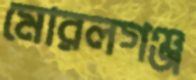
মোরলগঞ্জ